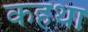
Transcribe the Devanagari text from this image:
कहथा